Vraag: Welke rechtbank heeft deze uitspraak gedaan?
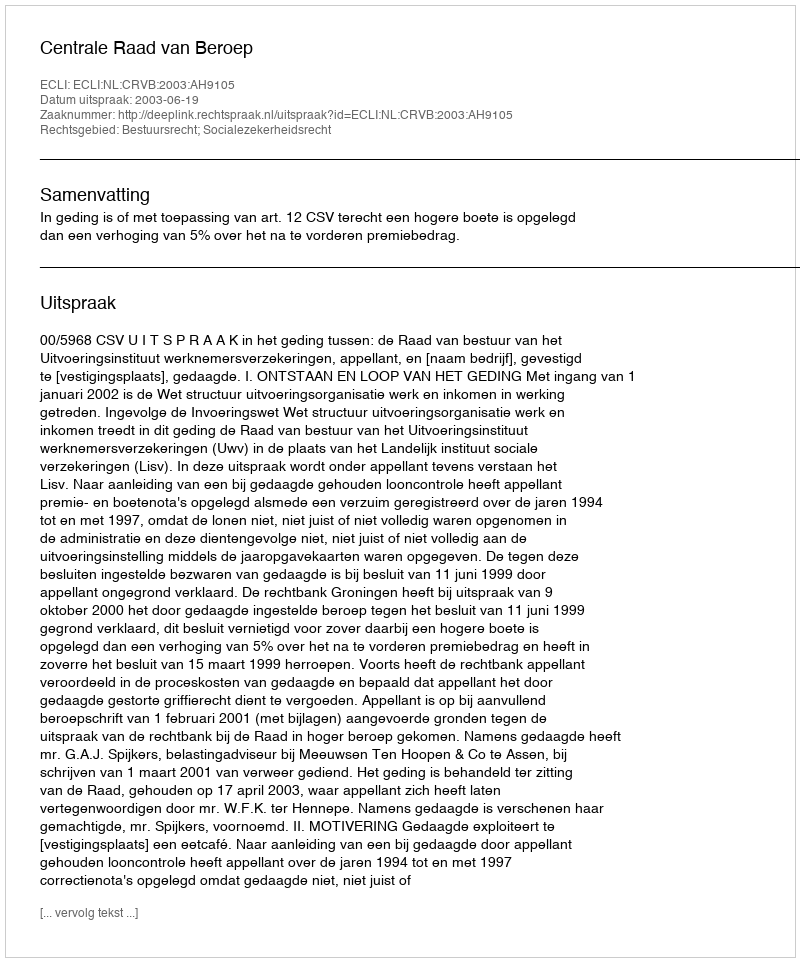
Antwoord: Centrale Raad van Beroep